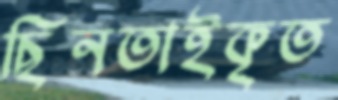
ছিনতাইকৃত